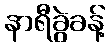
နာရီခွဲခန့်